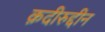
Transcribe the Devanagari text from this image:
क़दीरुद्दीन